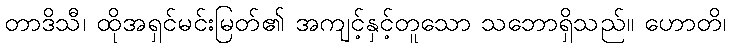
တာဒိသီ၊ ထိုအရှင်မင်းမြတ်၏ အကျင့်နှင့်တူသော သဘောရှိသည်။ ဟောတိ၊